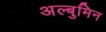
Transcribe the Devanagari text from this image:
अल्बुमिन